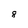
Character: 8